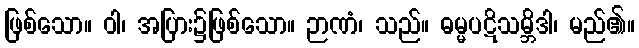
ဖြစ်သော။ ဝါ၊ အပြား၌ဖြစ်သော။ ဉာဏံ၊ သည်။ ဓမ္မပဋိသမ္ဘိဒါ၊ မည်၏။